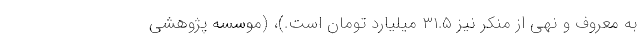
به معروف و نهی از منکر نیز ۳۱.۵ میلیارد تومان است.)، (موسسه پژوهشی